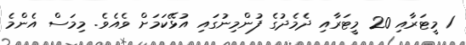
1 މީޓަރާއި 20 މީޓަރާއި ދެމެދުގެ ފުންމިނުގައި އުޅޭކަމަށް ވެއެވެ. މިމަސް އެންމެ